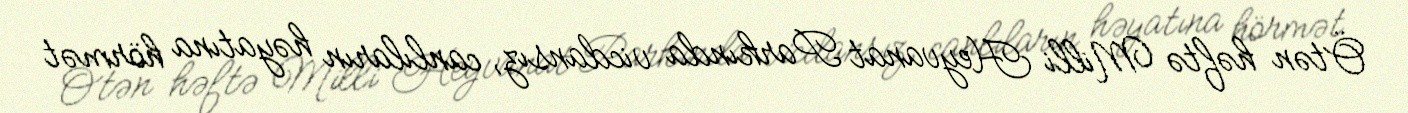
Ötən həftə Milli Heyvanat Parkında vicdansız, canlıların həyatına hörmət